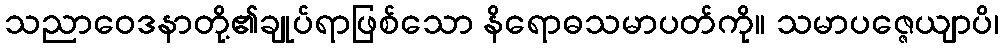
သညာဝေဒနာတို့၏ချုပ်ရာဖြစ်သော နိရောဓသမာပတ်ကို။ သမာပဇ္ဇေယျာပိ၊